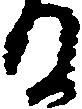
る